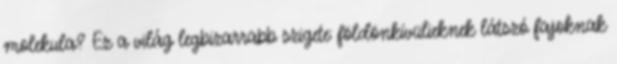
molekula? Ez a világ legbizarrabb szigete: földönkívülieknek látszó fajoknak